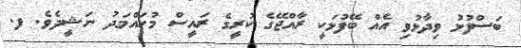
ބަސްފުޅު ވިދާޅުވި އެއް ބޭފުޅަކީ ރާއްޖޭގެ ކުރީގެ ރައީސް މުހައްމަދު ނަޝީދެވެ. ފ.